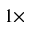
1 \times